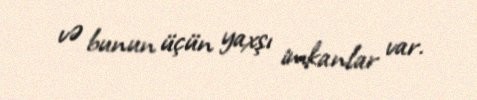
və bunun üçün yaxşı imkanlar var.